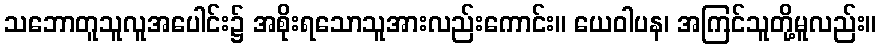
သဘောတူသူလူအပေါင်း၌ အစိုးရသောသူအားလည်းကောင်း။ ယေဝါပန၊ အကြင်သူတို့မူလည်း။